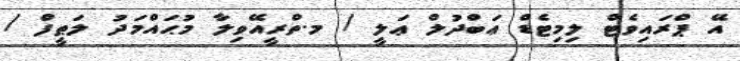
އޭ ޕްރައިވެޓް ލިމިޓެޑް ޢަބްދުލް ޢަލީ / މ.ތްރީއޭވިލާ މުޙައްމަދު ލަޠީފް /